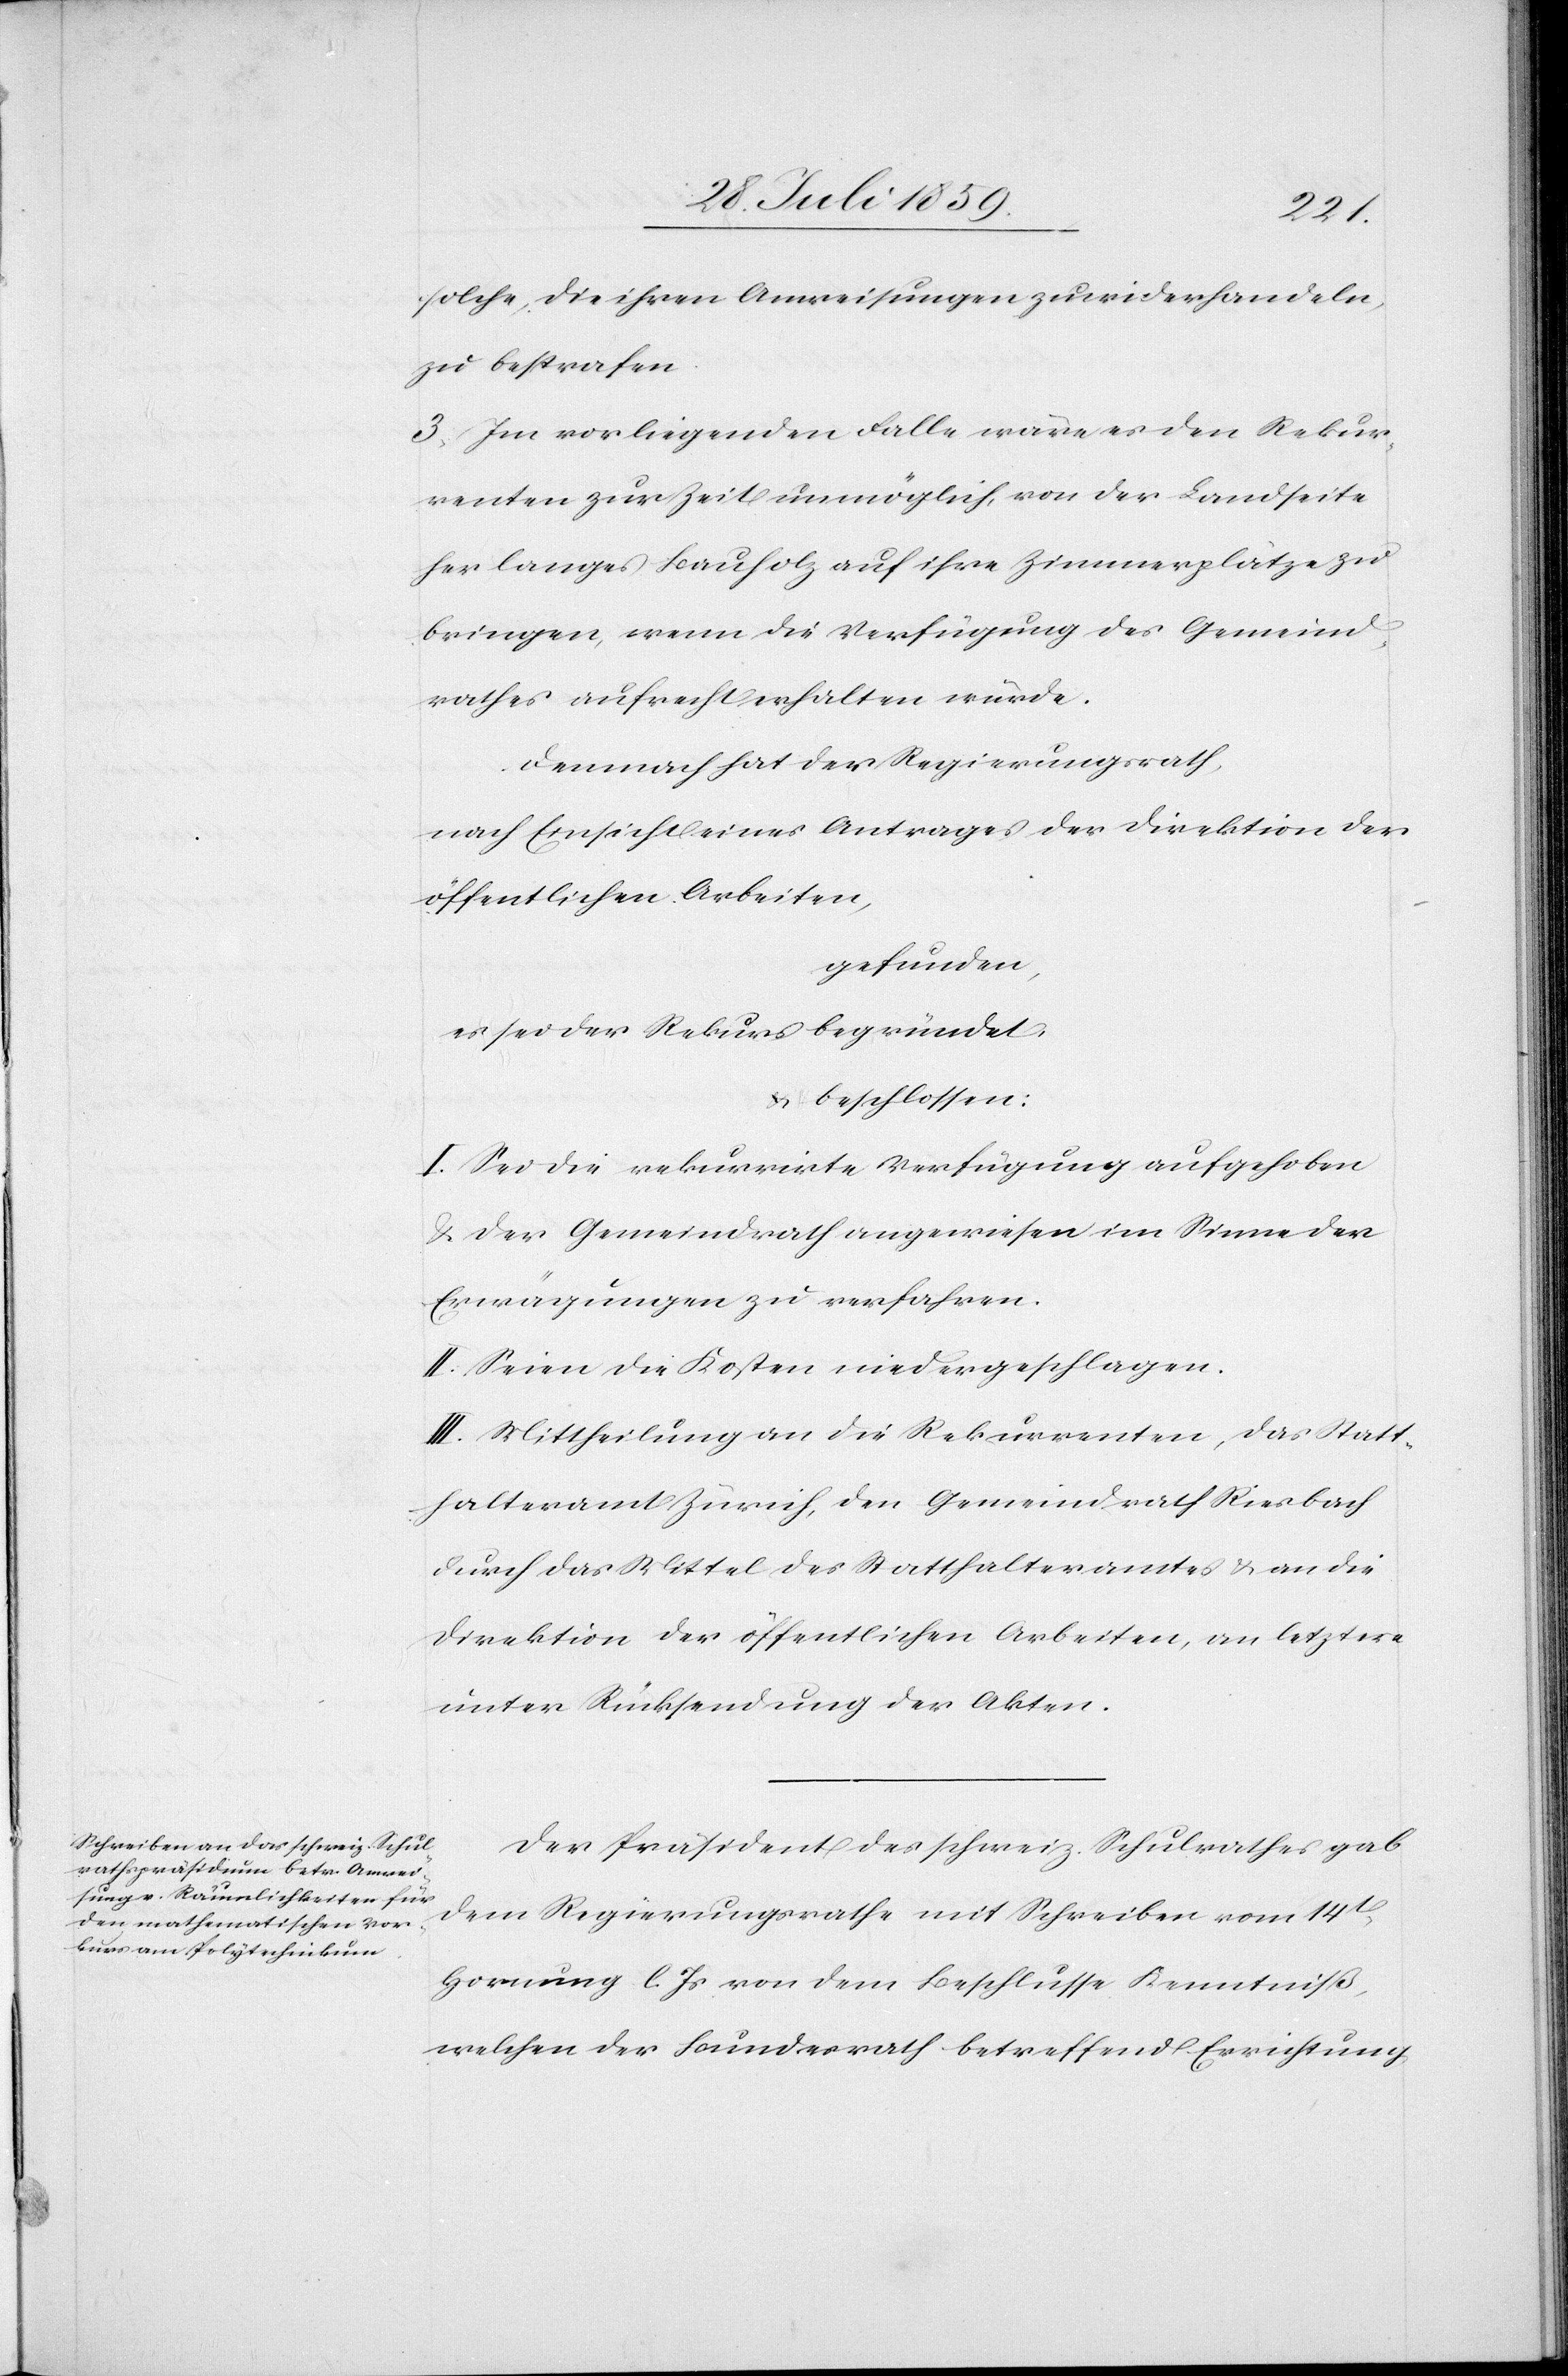
solche, die ihren Anweisungen zuwiderhandeln,
zu bestrafen.
3. Im vorliegenden Falle wäre es den Rekur¬
renten zur Zeit unmöglich, von der Landseite
her langes Bauholz auf ihre Zimmerplätze zu
bringen, wenn die Verfügung des Gemeind¬
rathes aufrecht erhalten würde.
Demnach hat der Regierungsrath,
nach Einsicht eines Antrages der Direktion der
öffentlichen Arbeiten,
gefunden,
es sei der Rekurs begründet,
u. beschlossen:
I. Sei die rekurrirte Verfügung aufgehoben
u. der Gemeindrath angewiesen im Sinne der
Erwägungen zu verfahren.
II. Seien die Kosten niedergeschlagen.
III. Mittheilung an die Rekurrenten, daß Statt¬
halteramt Zürich, den Gemeindrath Riesbach
durch das Mittel des Statthalteramtes u. an die
Direktion der öffentlichen Arbeiten, an letztere
unter Rücksendung der Akten.
Der Präsident des schweiz. Schulrathes gab
dem Regierungsrathe mit Schreiben vom 14t.
Hornung l. Js. von dem Beschlusse Kenntniß,
welchen der Bundesrath betreffend Errichtung